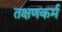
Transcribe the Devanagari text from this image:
तक्षणकर्म